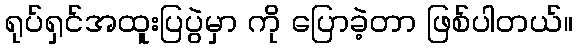
ရုပ်ရှင်အထူးပြပွဲမှာ ကို ပြောခဲ့တာ ဖြစ်ပါတယ်။